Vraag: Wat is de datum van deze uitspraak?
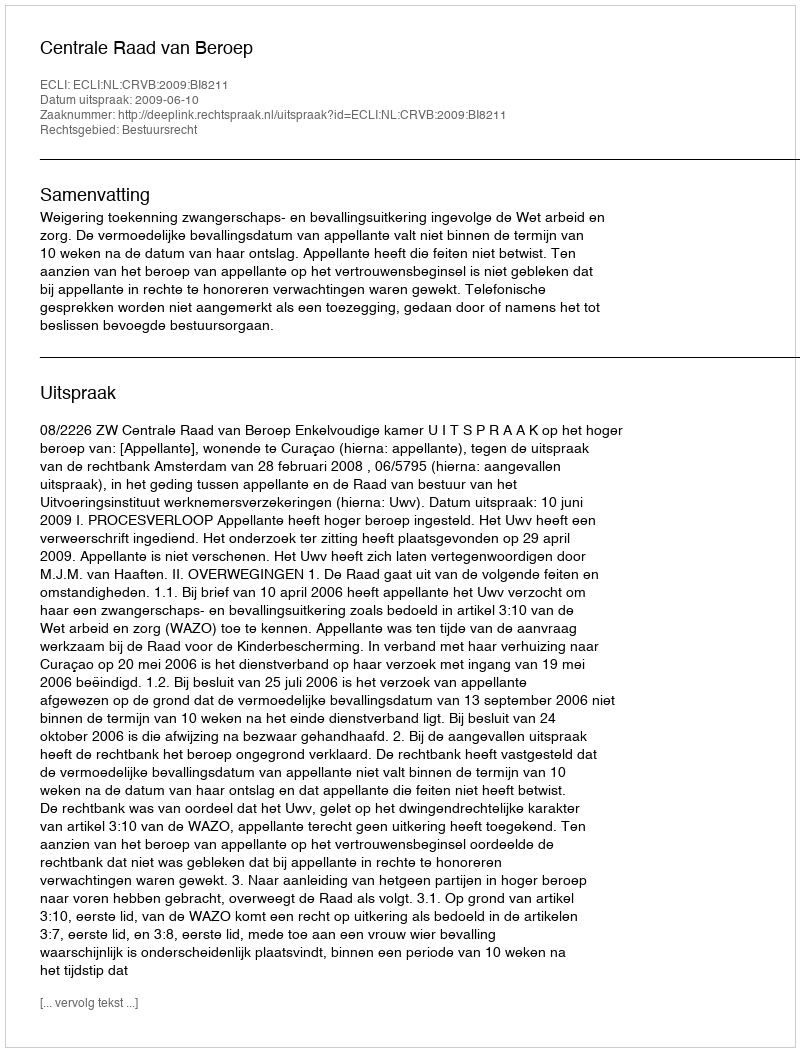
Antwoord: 2009-06-10